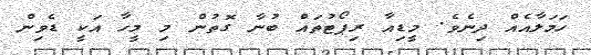
ހަމަލާއެއް ދިނެވެ. މީޑިއާ ރިޕޯޓުތައް ބުނާ ގޮތުން މި މީހާ އަކީ ޑެވިން